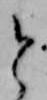
と